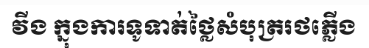
វីង ក្នុងការទូទាត់ថ្លៃសំបុត្ររថភ្លើង